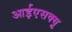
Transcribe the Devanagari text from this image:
आईएसक्यू